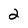
Character: 2